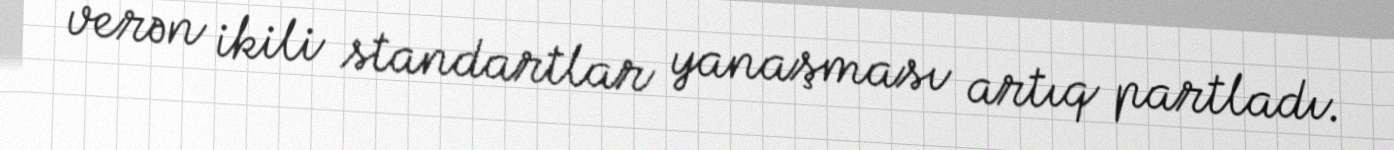
verən ikili standartlar yanaşması artıq partladı.